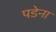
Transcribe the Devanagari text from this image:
पडेना